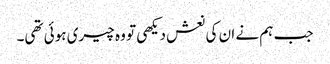
جب ہم نے ان کی نعش دیکھی تو وہ چیری ہوئی تھی۔